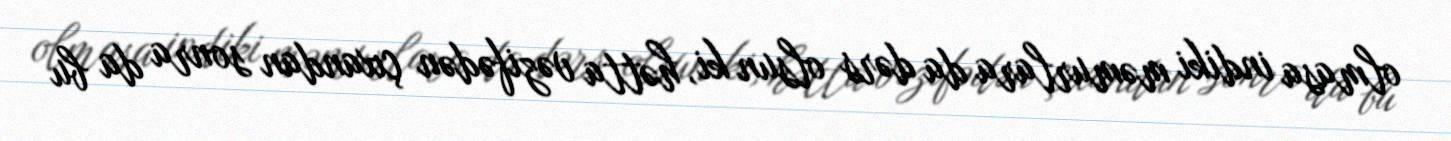
olmasa indiki məmurlara da dərs olsun ki, hətta vəzifədən çıxandan sonra da bu